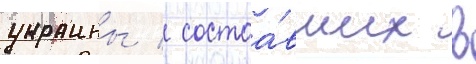
украины / состоа́вших в